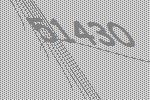
51430